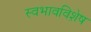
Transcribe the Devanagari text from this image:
स्वभावविशे़ष